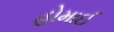
હોમાઈ